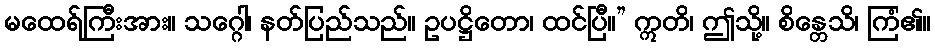
မထေရ်ကြီးအား။ သဂ္ဂေါ၊ နတ်ပြည်သည်။ ဥပဋ္ဌိတော၊ ထင်ပြီ။” ဣတိ၊ ဤသို့။ စိန္တေသိ၊ ကြံ၏။